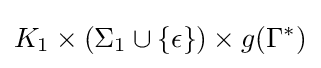
K_{1}\times (\Sigma _{1}\cup \{\epsilon \})\times g(\Gamma ^{*})